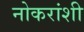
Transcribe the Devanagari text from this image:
नोकरांशी